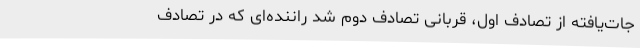
جات‌یافته از تصادف اول، قربانی تصادف دوم شد راننده‌ای که در تصادف